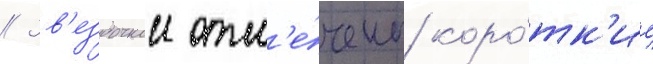
// Зв'ездочкои отм'е́чены коро́тк'ие